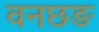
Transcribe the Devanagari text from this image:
वनछङ